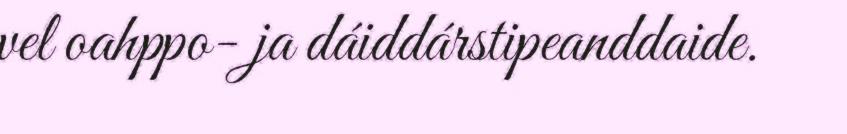
vel oahppo- ja dáiddárstipeanddaide.